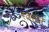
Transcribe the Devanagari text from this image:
रत्नसार